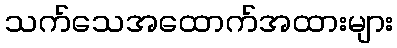
သက်သေအထောက်အထားများ